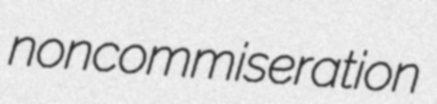
noncommiseration